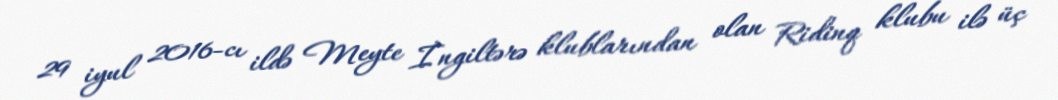
29 iyul 2016-cı ildə Meyte İngiltərə klublarından olan Ridinq klubu ilə üç